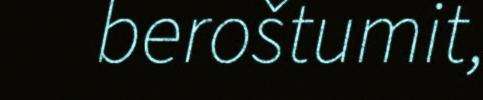
beroštumit,